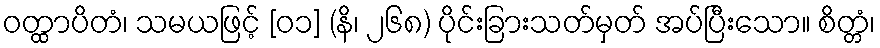
ဝတ္ထာပိတံ၊ သမယဖြင့် [၀၁] (နိ၊ ၂၆၈) ပိုင်းခြားသတ်မှတ် အပ်ပြီးသော။ စိတ္တံ၊